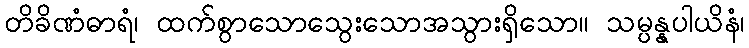
တိခိဏံဓာရံ၊ ထက်စွာသောသွေးသောအသွားရှိသော။ သမ္ပန္နပါယိနံ၊